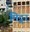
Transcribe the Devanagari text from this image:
मिट्नर